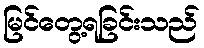
မြင်တွေ့ရခြင်းသည်